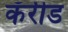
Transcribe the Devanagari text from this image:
कॅरीड